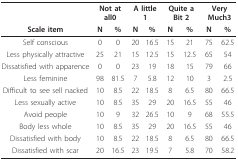
<table><thead><tr><td></td><td colspan="2"><b>Not at all0</b></td><td colspan="2"><b>A little 1</b></td><td colspan="2"><b>Quite a Bit 2</b></td><td colspan="2"><b>Very Much3</b></td></tr><tr><td><b>Scale item</b></td><td><b>N</b></td><td><b>%</b></td><td><b>N</b></td><td><b>%</b></td><td><b>N</b></td><td><b>%</b></td><td><b>N</b></td><td><b>%</b></td></tr></thead><tbody><tr><td>Self conscious</td><td>0</td><td>0</td><td>20</td><td>16.5</td><td>15</td><td>21</td><td>75</td><td>62.5</td></tr><tr><td>Less physically attractive</td><td>25</td><td>21</td><td>15</td><td>12.5</td><td>15</td><td>12.5</td><td>65</td><td>54</td></tr><tr><td>Dissatisfied with apparence</td><td>0</td><td>0</td><td>23</td><td>19</td><td>18</td><td>15</td><td>79</td><td>66</td></tr><tr><td>Less feminine</td><td>98</td><td>81.5</td><td>7</td><td>5.8</td><td>12</td><td>10</td><td>3</td><td>2.5</td></tr><tr><td>Difficult to see sell nacked</td><td>10</td><td>8.5</td><td>22</td><td>18.5</td><td>8</td><td>6.5</td><td>80</td><td>66.5</td></tr><tr><td>Less sexually active</td><td>10</td><td>8.5</td><td>35</td><td>29</td><td>20</td><td>16.5</td><td>55</td><td>46</td></tr><tr><td>Avoid people</td><td>10</td><td>9</td><td>32</td><td>26.5</td><td>10</td><td>9</td><td>68</td><td>55.5</td></tr><tr><td>Body less whole</td><td>10</td><td>8.5</td><td>35</td><td>29</td><td>20</td><td>16.5</td><td>55</td><td>46</td></tr><tr><td>Dissatisfied with body</td><td>10</td><td>8.5</td><td>22</td><td>18.5</td><td>8</td><td>6.5</td><td>80</td><td>66.5</td></tr><tr><td>Dissatisfied with scar</td><td>20</td><td>16.5</td><td>23</td><td>19.5</td><td>7</td><td>5.8</td><td>70</td><td>58.2</td></tr></tbody></table>